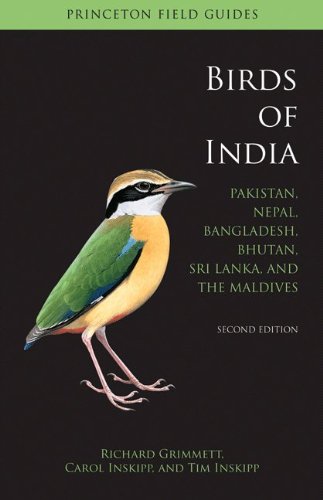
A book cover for Birds of India: Pakistan, Nepal, Bangladesh, Bhutan, Sri Lanka, and the Maldives, Second edition (Princeton Field Guides); Richard Grimmett; Science & Math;